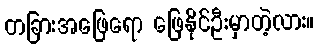
တခြားအဖြေရော ဖြေနိုင်ဦးမှာတဲ့လား။